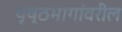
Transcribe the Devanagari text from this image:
पृष्ठभागांवरील